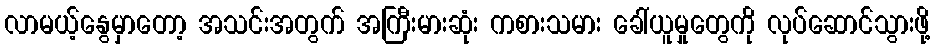
လာမယ့်နွေမှာတော့ အသင်းအတွက် အကြီးမားဆုံး ကစားသမား ခေါ်ယူမှုတွေကို လုပ်ဆောင်သွားဖို့